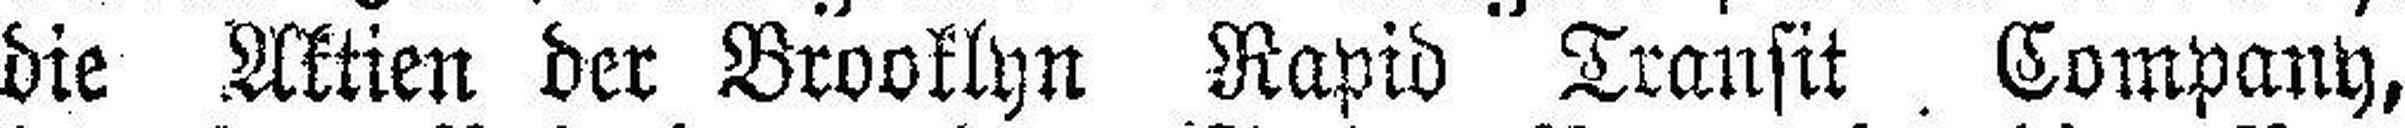
die Aktien der Brooklyn Rapid Transit Company,